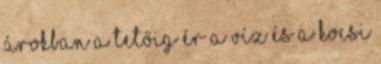
árokban a tetőig ér a víz és a kocsi